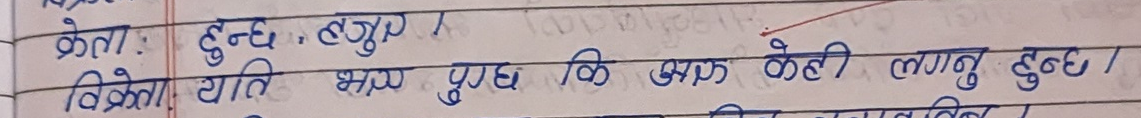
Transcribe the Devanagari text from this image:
क्रेता: हुन्छ, हजुर ।
विक्रेता यति भए पुग्छ कि अरु केही लगनु हुन्छ।